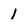
Character: 1